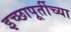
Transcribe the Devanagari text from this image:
इच्छापूर्तीच्या